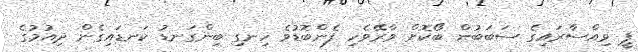
ޕީ ވިއްސާރައިގެ ސަބަބުން ބޯކޮށް ވާރޭވެހި ފެންބޮޑުވެ ހިނގި ބިންގަނޑު ކަނޑައިގެން ދިއުމުގެ